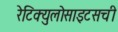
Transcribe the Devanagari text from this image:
रेटिक्युलोसाइटसची